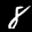
Label: 8